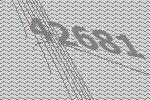
42681